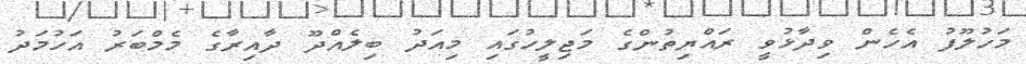
މަހުލޫފު އެހެން ވިދާޅުވީ ރައްޔިތުންގެ މަޖިލީހުގައި މިއަދު ބިލެއްދޫ ދާއިރާގެ މެމްބަރު އަހުމަދު